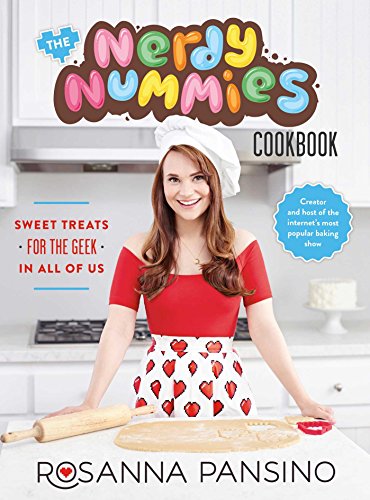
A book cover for The Nerdy Nummies Cookbook: Sweet Treats for the Geek in All of Us; Rosanna Pansino; Cookbooks, Food & Wine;